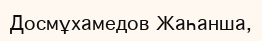
Досмұхамедов Жаһанша,